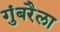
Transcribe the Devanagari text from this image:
गुंबरैला